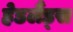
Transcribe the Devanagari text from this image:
हेडलैंड्स